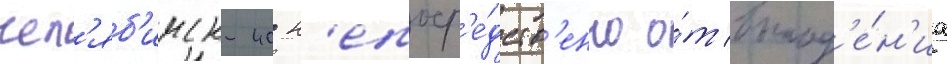
чел'яб'инск-40 н'епоср'е́дств'енно о́т выпад'е́н'иа